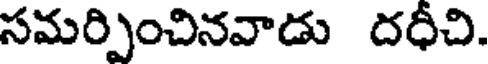
సమర్పించినవాడు దధీచి.